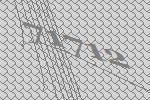
71712